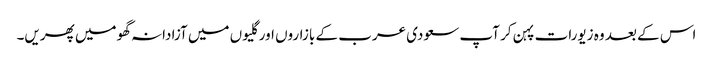
اس کے بعد وہ زیورات پہن کر آپ سعودی عرب کے بازاروں اور گلیوں میں آزادانہ گھومیں پھریں۔